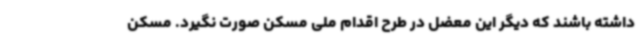
داشته باشند که دیگر این معضل در طرح اقدام ملی مسکن صورت نگیرد. مسکن